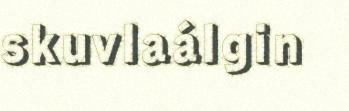
skuvlaálgin